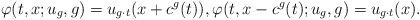
LaTeX: \begin{align*} \varphi(t,x;u_g,g)= u_{g\cdot t}(x+ c^g(t)),\varphi(t,x-c^g(t);u_g,g)=u_{g\cdot t}(x).\end{align*}